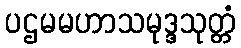
ပဌမမဟာသမုဒ္ဒသုတ္တံ